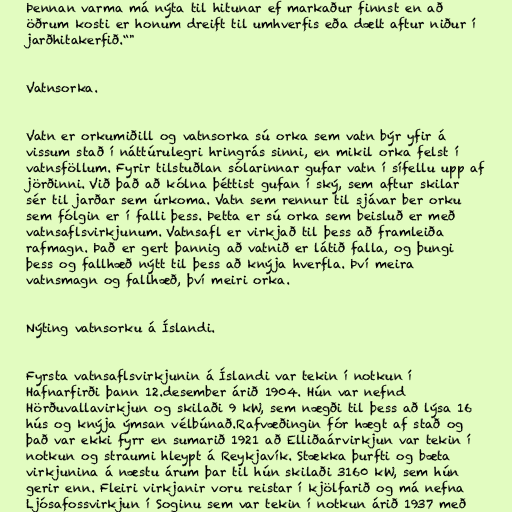
Þennan varma má nýta til hitunar ef markaður finnst en að
öðrum kosti er honum dreift til umhverfis eða dælt aftur niður í
jarðhitakerfið.“"

Vatnsorka.

Vatn er orkumiðill og vatnsorka sú orka sem vatn býr yfir á
vissum stað í náttúrulegri hringrás sinni, en mikil orka felst í
vatnsföllum. Fyrir tilstuðlan sólarinnar gufar vatn í sífellu upp af
jörðinni. Við það að kólna þéttist gufan í ský, sem aftur skilar
sér til jarðar sem úrkoma. Vatn sem rennur til sjávar ber orku
sem fólgin er í falli þess. Þetta er sú orka sem beisluð er með
vatnsaflsvirkjunum. Vatnsafl er virkjað til þess að framleiða
rafmagn. Það er gert þannig að vatnið er látið falla, og þungi
þess og fallhæð nýtt til þess að knýja hverfla. Því meira
vatnsmagn og fallhæð, því meiri orka.

Nýting vatnsorku á Íslandi.

Fyrsta vatnsaflsvirkjunin á Íslandi var tekin í notkun í
Hafnarfirði þann 12.desember árið 1904. Hún var nefnd
Hörðuvallavirkjun og skilaði 9 kW, sem nægði til þess að lýsa 16
hús og knýja ýmsan vélbúnað.Rafvæðingin fór hægt af stað og
það var ekki fyrr en sumarið 1921 að Elliðaárvirkjun var tekin í
notkun og straumi hleypt á Reykjavík. Stækka þurfti og bæta
virkjunina á næstu árum þar til hún skilaði 3160 kW, sem hún
gerir enn. Fleiri virkjanir voru reistar í kjölfarið og má nefna
Ljósafossvirkjun í Soginu sem var tekin í notkun árið 1937 með